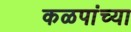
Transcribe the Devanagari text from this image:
कळपांच्या